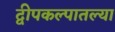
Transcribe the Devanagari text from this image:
द्वीपकल्पातल्या